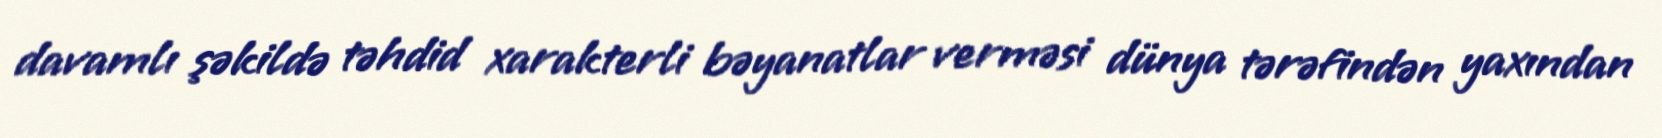
davamlı şəkildə təhdid xarakterli bəyanatlar verməsi dünya tərəfindən yaxından